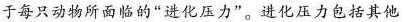
于每只动物所面临的”进化压力”。进化压力包括其他